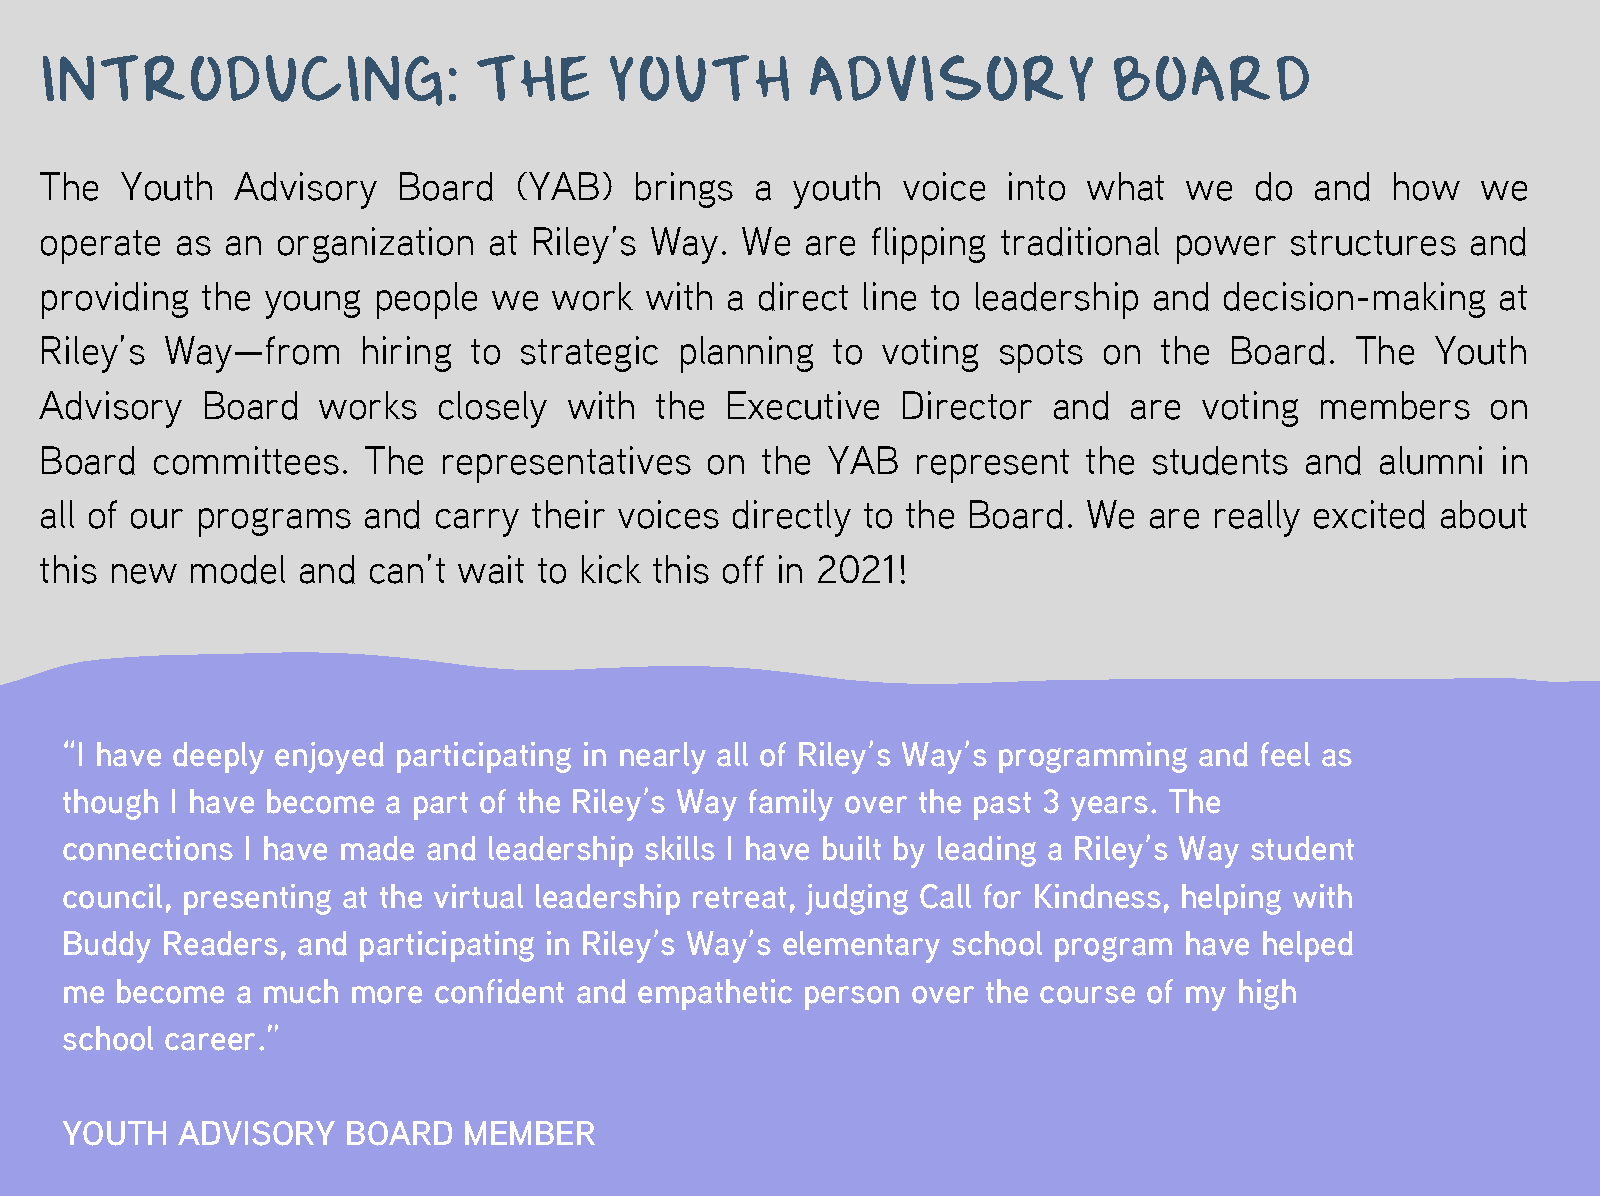
INTRODUCING:                THE      YOUTH        ADVISORY             BOARD
 The  Youth  Advisory   Board   (YAB)   brings  a youth   voice  into what  we   do  and  how   we
 operate  as an organization  at Riley’s Way.  We  are  flipping traditional power structures  and
 providing the young   people  we  work  with a direct line to leadership and  decision-making   at
 Riley’s Way—from     hiring to strategic  planning  to voting  spots  on  the Board.   The  Youth
 Advisory  Board   works   closely  with the  Executive   Director  and  are  voting members     on
 Board  committees.   The  representatives   on the  YAB  represent   the students  and  alumni  in
 all of our programs  and  carry their voices directly to the Board.  We  are really excited about
 this new model   and can’t wait  to kick this off in 2021!
 “I have deeply enjoyed participating in nearly all of Riley’s Way’s programming and feel as
 though I have become  a part of the Riley’s Way family over the past 3 years. The
 connections I have made and leadership skills I have built by leading a Riley’s Way student
 council, presenting at the virtual leadership retreat, judging Call for Kindness, helping with
 Buddy  Readers, and participating in Riley’s Way’s elementary school program have helped
 me  become  a much more  confident and empathetic person over the course of my high
 school career.”
 YOUTH   ADVISORY   BOARD   MEMBER